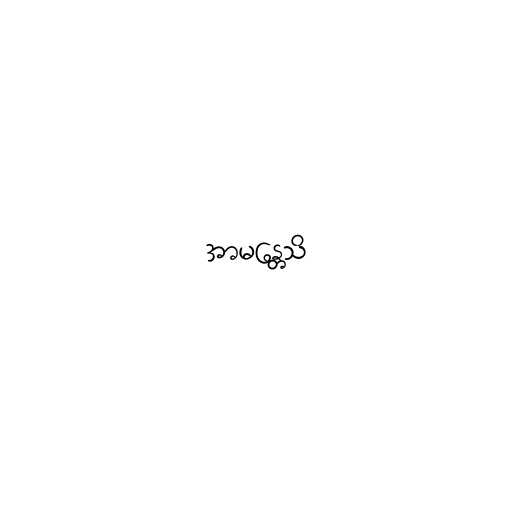
အာမန္တေသိ